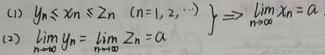
(1) $\left.
\begin{array}{l}
y_{n} \leq x_{n} \leq z_{n}\ (n = 1,2,\cdots)\\
\lim\limits_{n\rightarrow\infty}y_{n}=\lim\limits_{n\rightarrow\infty}z_{n}=a
\end{array}
\right\}
\Rightarrow
\lim\limits_{n\rightarrow\infty}x_{n}=a$